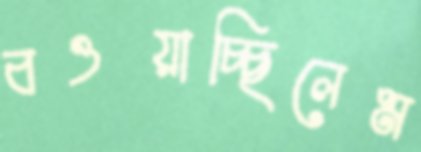
বওয়াচ্ছিলেম